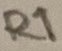
Text: R1